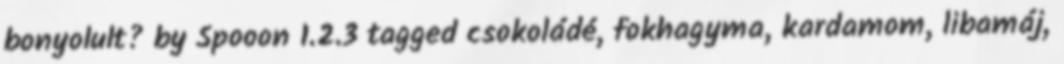
bonyolult? by Spooon 1.2.3 tagged csokoládé, fokhagyma, kardamom, libamáj,